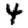
Digit: 4